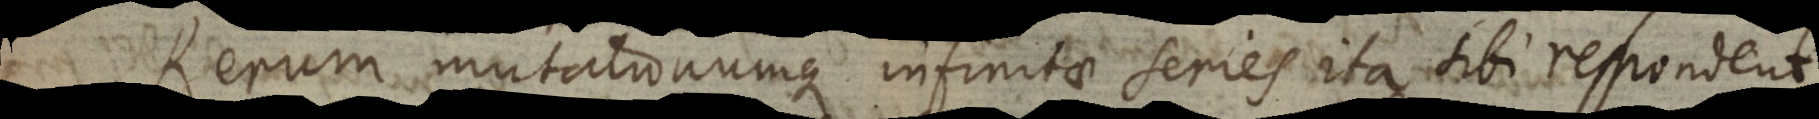
Rerum mutationumque infinitae series ita sibi respondent